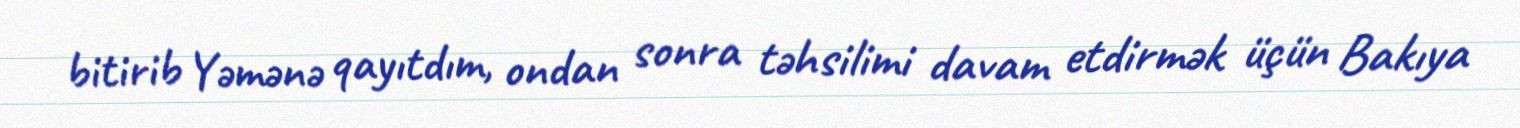
bitirib Yəmənə qayıtdım, ondan sonra təhsilimi davam etdirmək üçün Bakıya